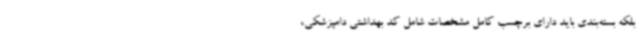
بلکه بسته‌بندی باید دارای برچسب کامل مشخصات شامل کد بهداشتی دامپزشکی،